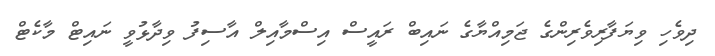
ދިވެހި ވިޔަފާރިވެރިންގެ ޖަމިއްޔާގެ ނައިބް ރައީސް އިސްމާއިލް އާސިފު ވިދާޅުވީ ނައިޓް މާކެޓް